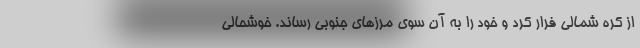
از کره شمالی فرار کرد و خود را به آن سوی مرزهای جنوبی رساند. خوشحالی